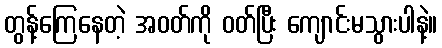
တွန့်ကြေနေတဲ့ အဝတ်ကို ဝတ်ပြီး ကျောင်းမသွားပါနဲ့။